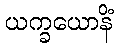
ယက္ခယောနိံ